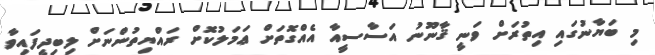
މި ބަޔާނުގައި އިތުރަށް ވަނީ ޤާނޫނު އަސާސީއާ އެއްގޮތަށް ޢަމަލުކޮށް ރައްޔިތުންނަށް ލިބިދީފައިވާ